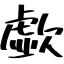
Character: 歔